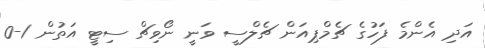
އަދި އެންމެ ފަހުގެ ޗެމްޕިއަން ޗެލްސީ ވަނީ ނޯވިޗް ސިޓީ އަތުން 1-0